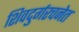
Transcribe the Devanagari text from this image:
शिवदुर्गरचनेत